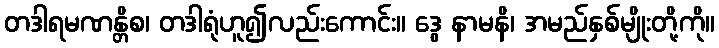
တဒါရမဏန္တိစ၊ တဒါရုံဟူ၍လည်းကောင်း။ ဒွေ နာမနိ၊ အမည်နှစ်မျိုးတို့ကို။